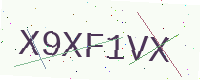
Text: X9XF1VX